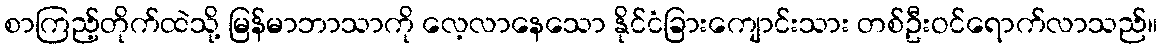
စာကြည့်တိုက်ထဲသို့ မြန်မာဘာသာကို လေ့လာနေသော နိုင်ငံခြားကျောင်းသား တစ်ဦးဝင်ရောက်လာသည်။